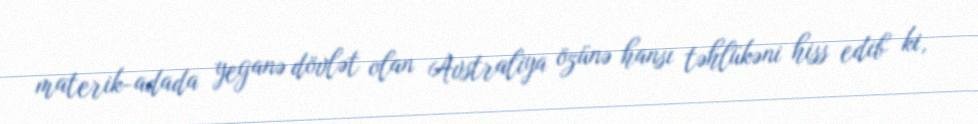
materik-adada yeganə dövlət olan Avstraliya özünə hansı təhlükəni hiss edib ki,